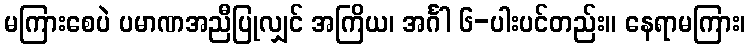
မကြားစေပဲ ပမာဏအညီပြုလျှင် အကြိယ၊ အင်္ဂါ ၆-ပါးပင်တည်း။ နေရာမကြား၊